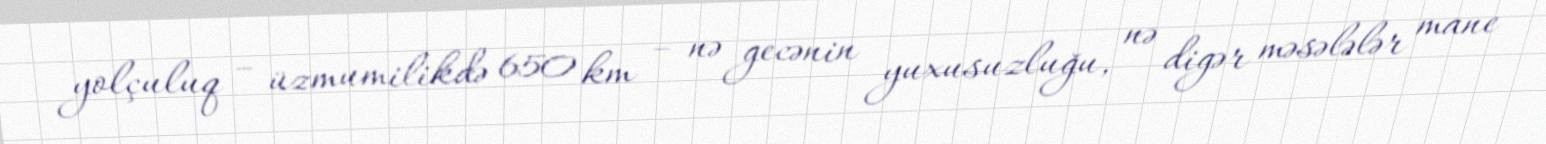
yolçuluq – üzmumilikdə 650 km – nə gecənin yuxusuzluğu, nə digər məsələlər mane